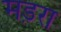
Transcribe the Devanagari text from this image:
मड़रा